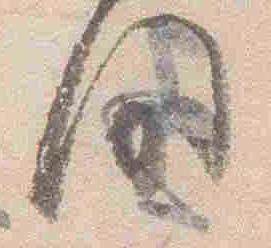
間